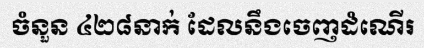
ចំនួន ៤២៨នាក់ ដែលនឹងចេញដំណើរ